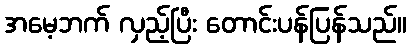
အမေ့ဘက် လှည့်ပြီး တောင်းပန်ပြန်သည်။